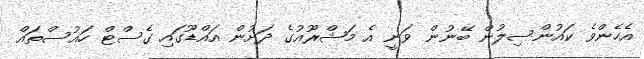
އެހެންވެ ކައުންސިލުން ބޭނުން ވަނީ އެ މަޝްރޫއުގެ ދަށުން އައްޑޫގައި ގެސްޓް ހައުސްތައް